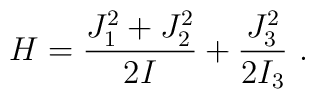
H=\frac{J_1^2+J_2^2}{2I}+\frac{J_3^2}{2I_3}~.